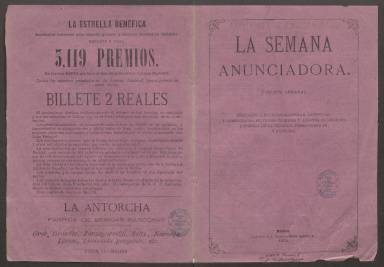
Título: La Semana anunciadora
Colección: Revistas de información general
Ámbito geográfico: Madrid
Lugar de publicación: Madrid
Fechas: 26/07/1874-10/11/1874